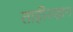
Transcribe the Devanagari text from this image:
ताहीरखान